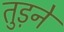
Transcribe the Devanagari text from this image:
तुड़ने